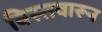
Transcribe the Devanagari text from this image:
विस्तवारून